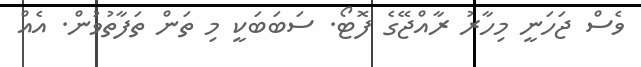
ވެސް ޖަހަނީ މިހާރު ރާއްޖޭގެ ފޮޓޯ. ސަބަބަކީ މި ތަން ތަފާތުވުން. އެއް